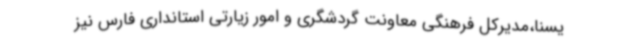
یسنا،مدیرکل فرهنگی معاونت گردشگری و امور زیارتی استانداری فارس نیز